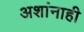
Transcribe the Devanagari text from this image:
अशांनाही